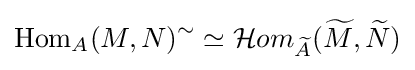
\operatorname {Hom} _{A}(M,N)^{\sim }\simeq {\mathcal {H}}om_{\widetilde {A}}({\widetilde {M}},{\widetilde {N}})